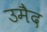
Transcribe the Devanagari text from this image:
उमैद